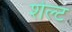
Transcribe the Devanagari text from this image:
शेल्ट